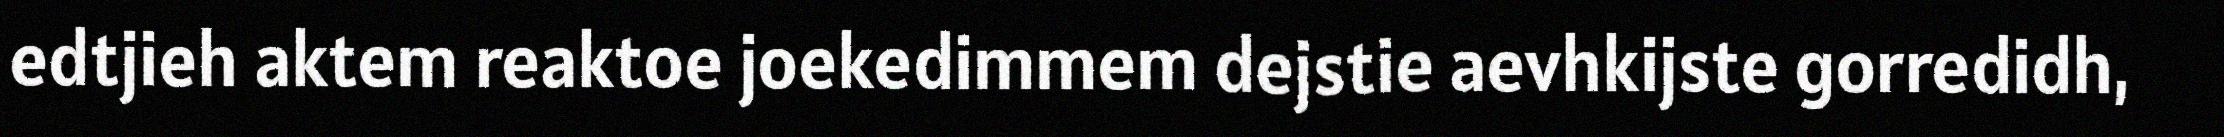
edtjieh aktem reaktoe joekedimmem dejstie aevhkijste gorredidh,